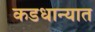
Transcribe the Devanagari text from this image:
कडधान्यात